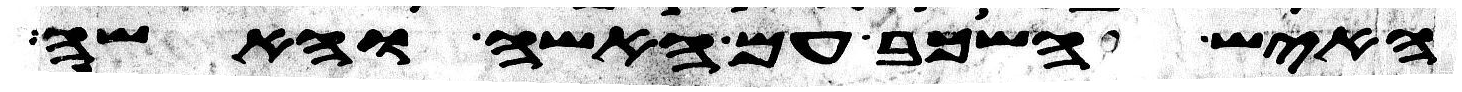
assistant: האיש השכב עם האשה והאשה